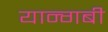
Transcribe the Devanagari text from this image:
यान्गबी